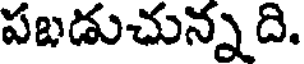
పబడుచున్న ది.